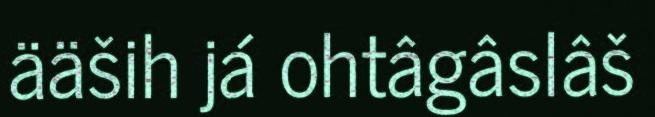
ääših já ohtâgâslâš